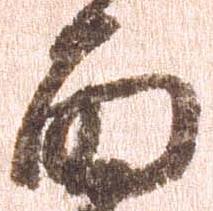
面